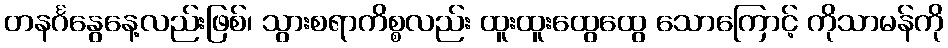
တနင်္ဂနွေနေ့လည်းဖြစ်၊ သွားစရာကိစ္စလည်း ထူးထူးထွေထွေ သောကြောင့် ကိုသာမန်ကို